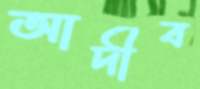
আদীব